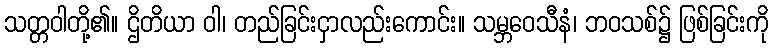
သတ္တဝါတို့၏။ ဌိတိယာ ဝါ၊ တည်ခြင်းငှာလည်းကောင်း။ သမ္ဘဝေသီနံ၊ ဘဝသစ်၌ ဖြစ်ခြင်းကို